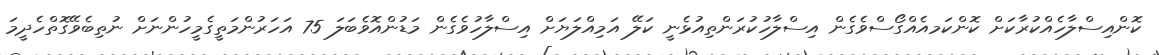
ކޮންއިސްލާހެއްކުރާކަށް ކޮންކަމއެއްގޯސްވެގެން އިސްލާހުކުރަންތިއުޅެނީ ކަލޭ އަމިއްލަޔަށް އިސްލާހުވެގެން މަޑުންއޮވެބަލަ 75 އަހަރުންމަތީގެމީހުންނަށް ނުތިބެވޭގޮތްހެދީމަ